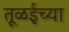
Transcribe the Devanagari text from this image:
तूळईच्या